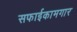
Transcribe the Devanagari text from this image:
सफाईकामगार